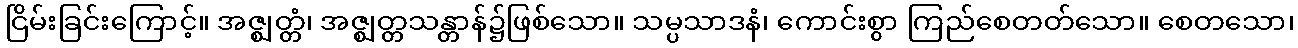
ငြိမ်းခြင်းကြောင့်။ အဇ္ဈတ္တံ၊ အဇ္ဈတ္တသန္တာန်၌ဖြစ်သော။ သမ္ပသာဒနံ၊ ကောင်းစွာ ကြည်စေတတ်သော။ စေတသော၊